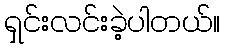
ရှင်းလင်းခဲ့ပါတယ်။